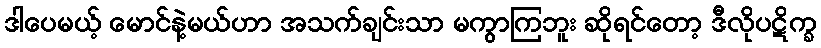
ဒါပေမယ့် မောင်နဲ့မယ်ဟာ အသက်ချင်းသာ မကွာကြဘူး ဆိုရင်တော့ ဒီလိုပဋိက္ခ